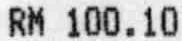
RM 100.10